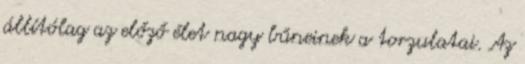
állítólag az előző élet nagy bűneinek a torzulatai. Az